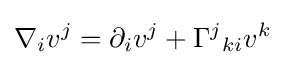
\nabla _{i}v^{j}=\partial _{i}v^{j}+{\Gamma ^{j}}_{ki}v^{k}